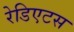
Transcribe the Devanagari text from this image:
रेडिएटस